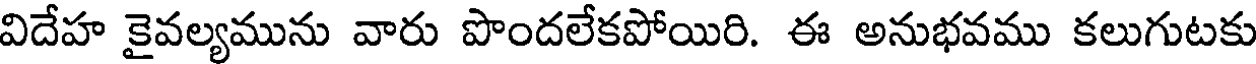
విదేహ కైవల్యమును వారు పొందలేకపోయిరి. ఈ అనుభవము కలుగుటకు